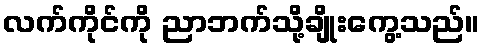
လက်ကိုင်ကို ညာဘက်သို့ချိုးကွေ့သည်။